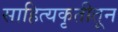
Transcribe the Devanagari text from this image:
साहित्यकृतीतून